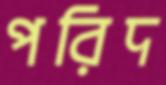
পরিদ